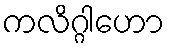
ကလိဂ္ဂါဟော